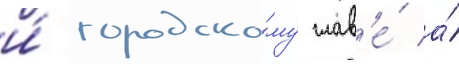
и́ городско́му глав'е́ а́